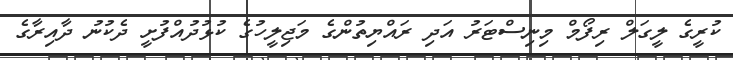
ކުރީގެ ލީގަލް ރިފޯމް މިނިސްޓަރު އަދި ރައްޔިތުންގެ މަޖިލީހުގެ ކުޅުދުއްފުށީ ދެކުނު ދާއިރާގެ